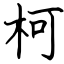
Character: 柯